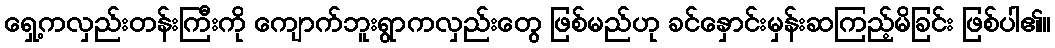
ရှေ့ကလှည်းတန်းကြီးကို ကျောက်ဘူးရွာကလှည်းတွေ ဖြစ်မည်ဟု ခင်နှောင်းမှန်းဆကြည့်မိခြင်း ဖြစ်ပါ၏။